Scientific memoirs by medical officers of the Army of India - Part V,
Year: 1890
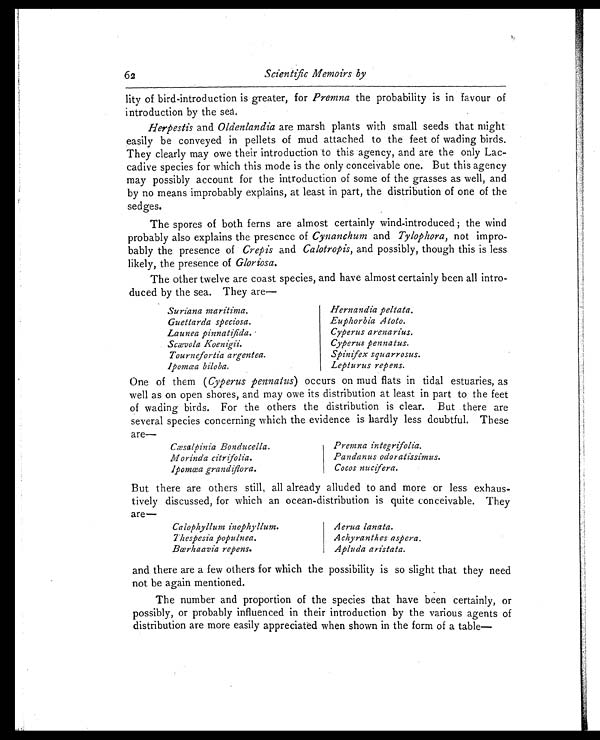
62
Scientific Memoirs by
lity of bird-introduction is greater, for Premna the probability is in favour of
introduction by the sea.
Herpestis and Oldenlandia are marsh plants with small seeds that might
easily be conveyed in pellets of mud attached to the feet of wading birds.
They clearly may owe their introduction to this agency, and are the only Lac
-cadive species for which this mode is the only conceivable one. But this agency
may possibly account for the introduction of some of the grasses as well, and
by no means improbably explains, at least in part, the distribution of one of the
sedges.
The spores of both ferns are almost certainly wind-introduced; the wind
probably also explains the presence of Cynanchum and Tylophora, not impro
-bably the presence of Crepis and Calotropis, and possibly, though this is less
likely, the presence of Gloriosa.
The other twelve are coast species, and have almost certainly been all intro
-duced by the sea. They are—
Suriana maritima.
Guettarda speciosa.
Launea pinnatifida.
Scævola Koenigii.
Tournefortia argentea.
Ipomœa biloba.
Hernandia peltata.
Euphorbia Atoto.
Cyperus arenarius.
Cyperus pennatus.
Spinifex squarrosus.
Lepturus repens.
One of them (Cyperus pennatus)o c c u r s o n m u d f l a t s i n t i d a l e s t u a r i e s , a s
well as on open shores, and may owe its distribution at least in part to the feet
of wading birds. For the others the distribution is clear. But there are
several species concerning which the evidence is hardly less doubtful. These
a r e —
Cæsalpinia Bonducella.
Morinda citrifolia.
Ipomœa grandiflora.
Premna integrifolia.
Pandanus odoratissimus.
Cocos nucifera.
But there are others still, all already alluded to and more or less exhaus
- t i v e l y d i s c u s s e d , f o r w h i c h a n o c e a n - d i s t r i b u t i o n i s q u i t e c o n c e i v a b l e . T h e y
are—
Calophyllum inophyllum.
Thespesia populnea.
Bœrhaavia repens.
Aerua lanata.
Achyranthes aspera.
Apluda aristata.
and there are a few others for which the possibility is so slight that they need
not be again mentioned.
The number and proportion of the species that have been certainly, or
possibly, or probably influenced in their introduction by the various agents of
distribution are more easily appreciated when shown in the form of a table—